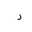
Letter: _ra